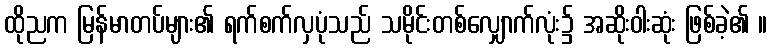
ထိုညက မြန်မာတပ်များ၏ ရက်စက်လှပုံသည် သမိုင်းတစ်လျှောက်လုံး၌ အဆိုးဝါးဆုံး ဖြစ်ခဲ့၏ ။